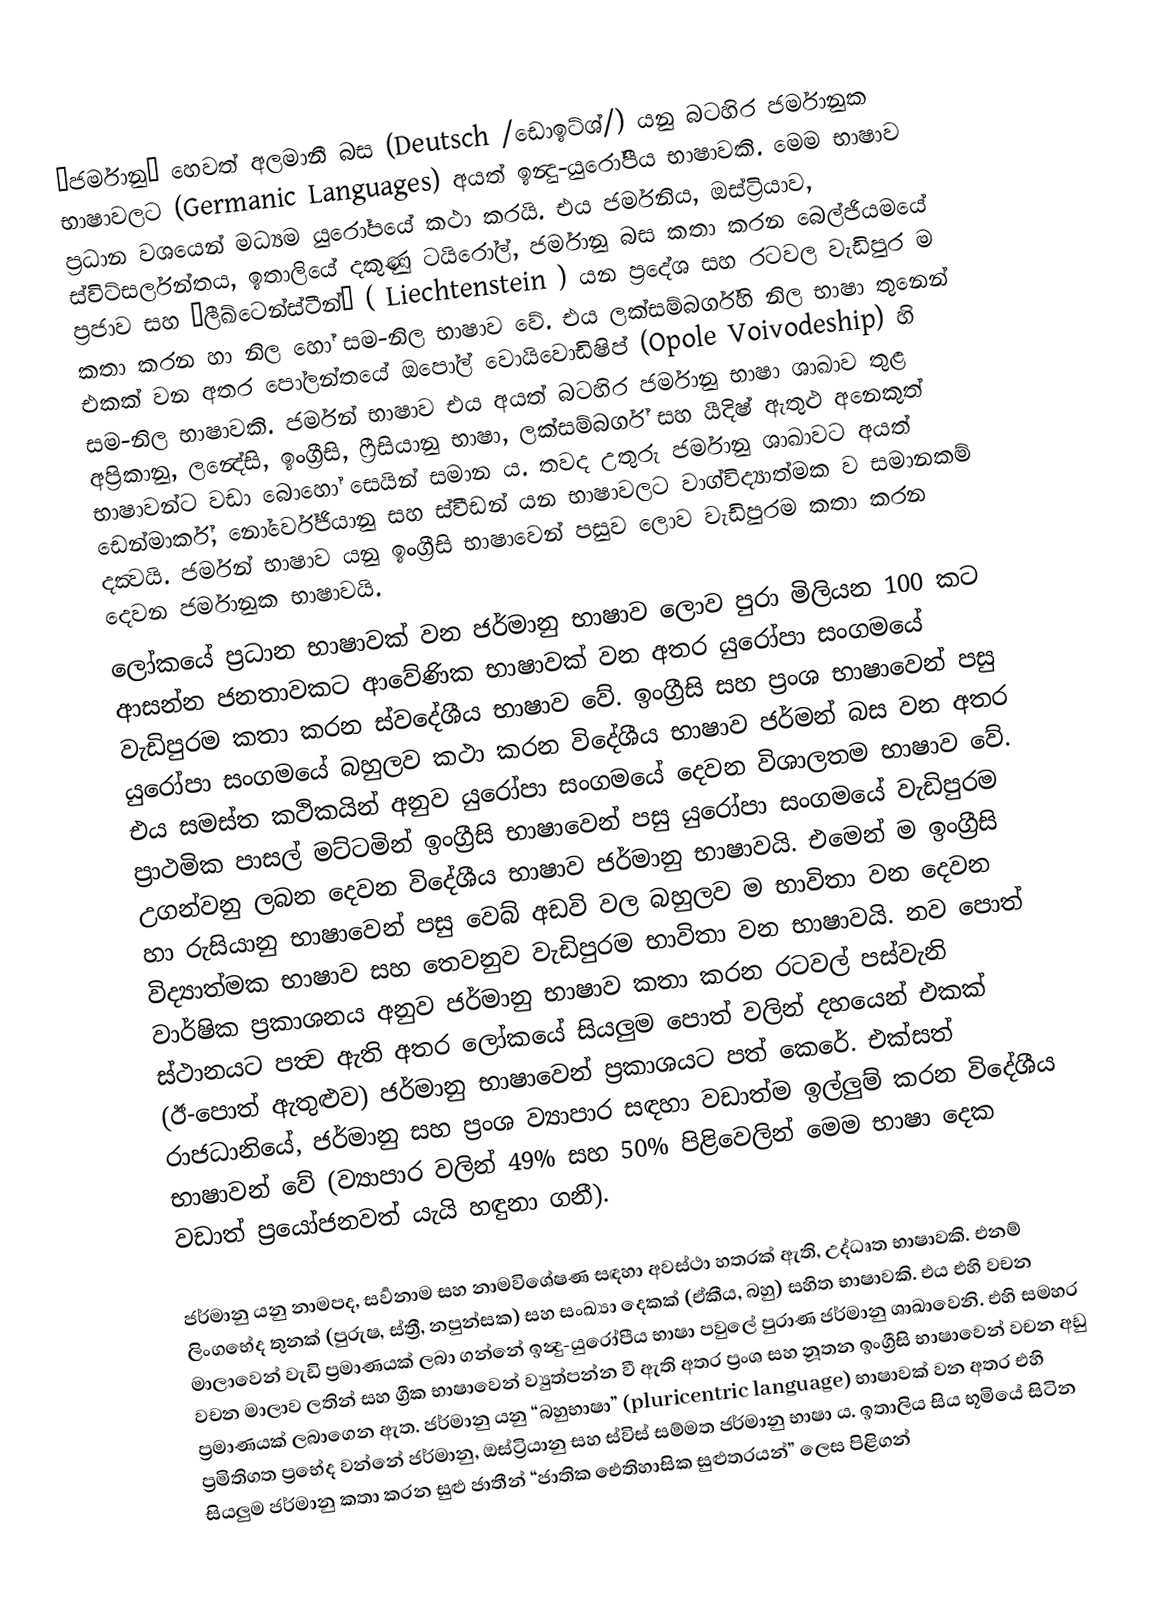
“ජර්මානු” හෙවත් අලමානී බස (Deutsch /ඩොඉට්ශ්/) යනු බටහිර ජර්මානුක භාෂාවලට (Germanic Languages) අයත් ඉන්‍දු-යුරෝපීය භාෂාවකි. මෙම භාෂාව ප්‍රධාන වශයෙන් මධ්‍යම යුරෝපයේ කථා කරයි. එය ජර්මනිය, ඔස්ට්‍රියාව, ස්විට්සර්ලන්තය, ඉතාලියේ දකුණු ටයිරෝල්, ජර්මානු බස කතා කරන බෙල්ජියමයේ ප්‍රජාව සහ “ලීඛ්ටෙන්ස්ටීන්” ( Liechtenstein ) යන ප්‍රදේශ සහ රටවල වැඩිපුර ම කතා කරන හා නිල හෝ සම-නිල භාෂාව වේ. එය ලක්සම්බර්ග්හි නිල භාෂා තුනෙන් එකක් වන අතර පෝලන්තයේ ඔපෝල් වොයිවොඩිෂිප් (Opole Voivodeship) හි සම-නිල භාෂාවකි. ජර්මන් භාෂාව එය අයත් බටහිර ජර්මානු භාෂා ශාඛාව තුළ අප්‍රිකානු, ලන්‍දේසි, ඉංග්‍රීසි, ෆ්‍රීසියානු භාෂා, ලක්සම්බර්ග් සහ යීදිෂ් ඇතුළු අනෙකුත් භාෂාවන්ට වඩා බොහෝ සෙයින් සමාන ය. තවද උතුරු ජර්මානු ශාඛාවට අයත් ඩෙන්මාර්ක්, නෝර්වේජියානු සහ ස්වීඩන් යන භාෂාවලට වාග්විද්‍යාත්මක ව සමානකම් දක්‍වයි. ජර්මන් භාෂාව යනු ඉංග්‍රීසි භාෂාවෙන් පසුව ලොව වැඩිපුරම කතා කරන දෙවන ජර්මානුක භාෂාවයි.
ලෝකයේ ප්‍රධාන භාෂාවක් වන ජර්මානු භාෂාව ලොව පුරා මිලියන 100 කට ආසන්න ජනතාවකට ආවේණික භාෂාවක් වන අතර යුරෝපා සංගමයේ වැඩිපුරම කතා කරන ස්වදේශීය භාෂාව වේ. ඉංග්‍රීසි සහ ප්‍රංශ භාෂාවෙන් පසු යුරෝපා සංගමයේ බහුලව කථා කරන විදේශීය භාෂාව ජර්මන් බස වන අතර එය සමස්ත කථිකයින් අනුව යුරෝපා සංගමයේ දෙවන විශාලතම භාෂාව වේ. ප්‍රාථමික පාසල් මට්ටමින් ඉංග්‍රීසි භාෂාවෙන් පසු යුරෝපා සංගමයේ වැඩිපුරම උගන්වනු ලබන දෙවන විදේශීය භාෂාව ජර්මානු භාෂාවයි. එමෙන් ම ඉංග්‍රීසි හා රුසියානු භාෂාවෙන් පසු වෙබ් අඩවි වල බහුලව ම භාවිතා වන දෙවන විද්‍යාත්මක භාෂාව සහ තෙවනුව වැඩිපුරම භාවිතා වන භාෂාවයි. නව පොත් වාර්ෂික ප්‍රකාශනය අනුව ජර්මානු භාෂාව කතා කරන රටවල් පස්වැනි ස්ථානයට පත්‍ව ඇති අතර ලෝකයේ සියලුම පොත් වලින් දහයෙන් එකක් (ඊ-පොත් ඇතුළුව) ජර්මානු භාෂාවෙන් ප්‍රකාශයට පත් කෙරේ. එක්සත් රාජධානියේ, ජර්මානු සහ ප්‍රංශ ව්‍යාපාර සඳහා වඩාත්ම ඉල්ලුම් කරන විදේශීය භාෂාවන් වේ (ව්‍යාපාර වලින් 49% සහ 50% පිළිවෙලින් මෙම භාෂා දෙක වඩාත් ප්‍රයෝජනවත් යැයි හඳුනා ගනී).

ජර්මානු යනු නාමපද, සර්‍වනාම සහ නාමවිශේෂණ සඳහා අවස්ථා හතරක් ඇති, උද්ධෘත භාෂාවකි. එනම් ලිංගභේද තුනක් (පුරුෂ, ස්ත්‍රී, නපුන්සක) සහ සංඛ්‍යා දෙකක් (ඒකීය, බහු) සහිත භාෂාවකි. එය එහි වචන මාලාවෙන් වැඩි ප්‍රමාණයක් ලබා ගන්නේ ඉන්‍දු-යුරෝපීය භාෂා පවුලේ පුරාණ ජර්මානු ශාඛාවෙනි. එහි සමහර වචන මාලාව ලතින් සහ ග්‍රීක භාෂාවෙන් ව්‍යුත්පන්න වී ඇති අතර ප්‍රංශ සහ නූතන ඉංග්‍රීසි භාෂාවෙන් වචන අඩු ප්‍රමාණයක් ලබාගෙන ඇත. ජර්මානු යනු “බහුභාෂා” (pluricentric language) භාෂාවක් වන අතර එහි ප්‍රමිතිගත ප්‍රභේද වන්නේ ජර්මානු, ඔස්ට්‍රියානු සහ ස්විස් සම්මත ජර්මානු භාෂා ය. ඉතාලිය සිය භූමියේ සිටින සියලුම ජර්මානු කතා කරන සුළු ජාතීන් “ජාතික‌ ඓතිහාසික සුළුතරයන්” ලෙස පිළිගන්